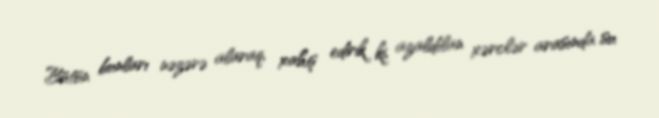
Bütün bunları nəzərə alaraq, xahiş edirik ki, azaldılan xərclər arasında su